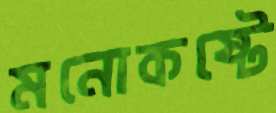
মনোকষ্টে